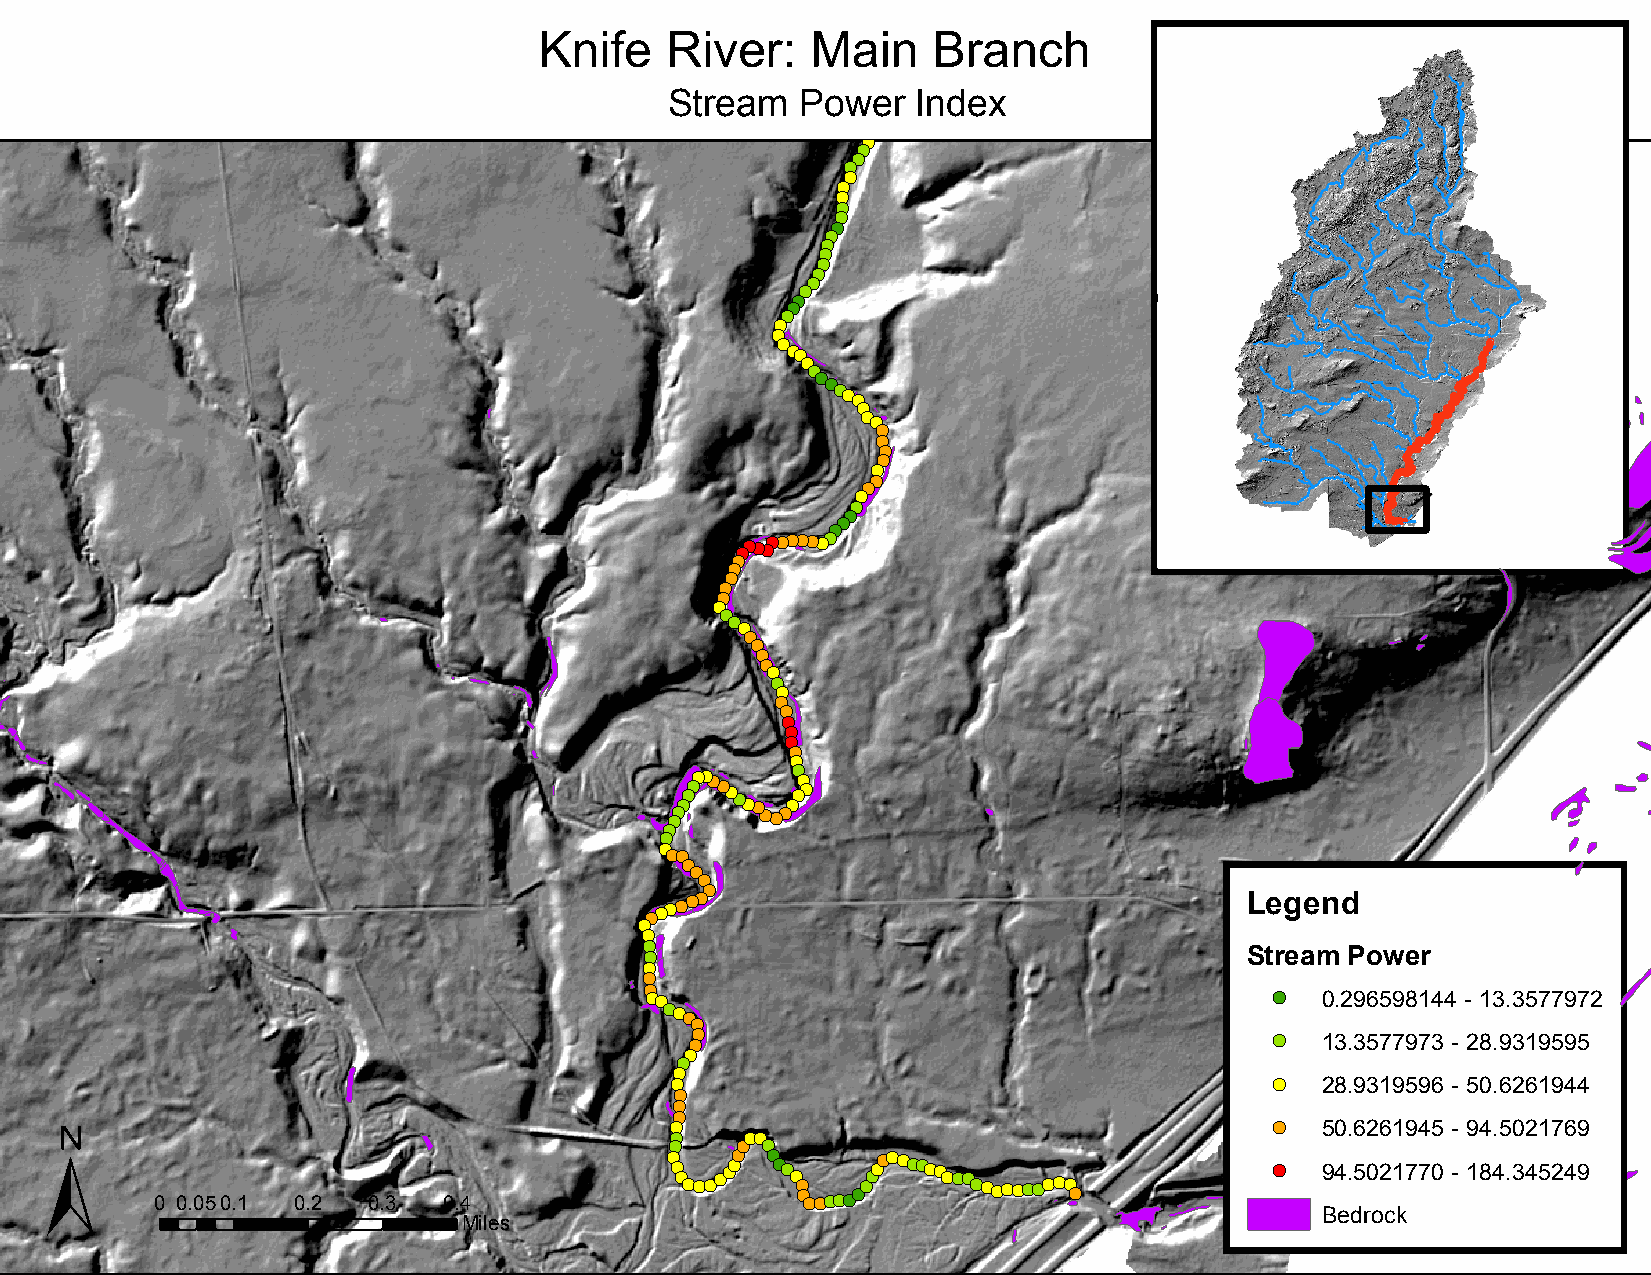
Knife   River:    Main    Branch
 Stream   Powe!(r Index
 !(
 !(
 !(
 !(
 !(
 !(
 !(
 !(
 !(
 !(
 !(
 !(
 !(
 !(
 !(
 !(
 !(
 !(
 !(
 !(
 !(
 !(
 !(
 !(
 !(
 !(
 !(!(
 !(
 !(
 !(!(!(!(!(
 !(
 !(!(
 !(
 !(
 !(
 !(
 !(
 !(
 !(
 !(
 !(
 !(
 !(
 !(
 !(!(!(!(!(!(!(!(!(!(!(
 !(
 !(
 !(
 !(
 !(
 !(
 !(
 !(!(
 !(
 !(
 !(
 !(
 !(
 !(
 !(
 !(
 !(
 !(
 !(
 !(
 !(
 !(
 !(!(!(!(!(!(!(!(!(!(
 !(!(!(
 !(!(!(!(!( !(!(
 !(
 !(
 !(
 !(!(!(
 !(
 !(
 !(
 !(
 !(!(!(!(!(!(
 Legend
 !(
 !(
 !(
 !(                                      Stream Power
 !(
 !(
 !(
 !(!(                                     !( 0.296598144 - 13.3577972
 !(!(!(
 !(
 !(!(                                  !( 13.3577973 - 28.9319595
 !(
 !(
 !(
 !(                                      !( 28.9319596 - 50.6261944
 !(
 ±                                         !(
 !(
 !(                                      !( 50.6261945 - 94.5021769
 !(   !(!(
 !(   !( !(
 0 0.05 0.1 0.2 0.3 0.4
 !(
 !( !(
 !(!(!(!(!(!(!( !(
 !(!( !( !(
 !(
 !(!(!(!(!(!(!(!(!(!(!(!(!(!(!(!(!(!(!(
 !(!(!(!(!(!(!(!(!(!(
 !(
 !( 94.5021770 - 184.345249
 Bedrock
 Miles